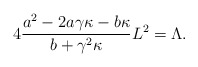
\begin{align*}4\frac{a^{2} - 2a\gamma \kappa - b\kappa }{b+\gamma ^{2}\kappa }L^{2}=\Lambda .\end{align*}